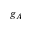
g _ { A }